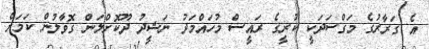
އެ ގަރާރުގެ މަގްސަދަކީ ކުރީގެ ރައީސް މުހައްމަދު ނަޝީދު ދޫކޮށްލަން ގޮވާލުން ކަމަށް